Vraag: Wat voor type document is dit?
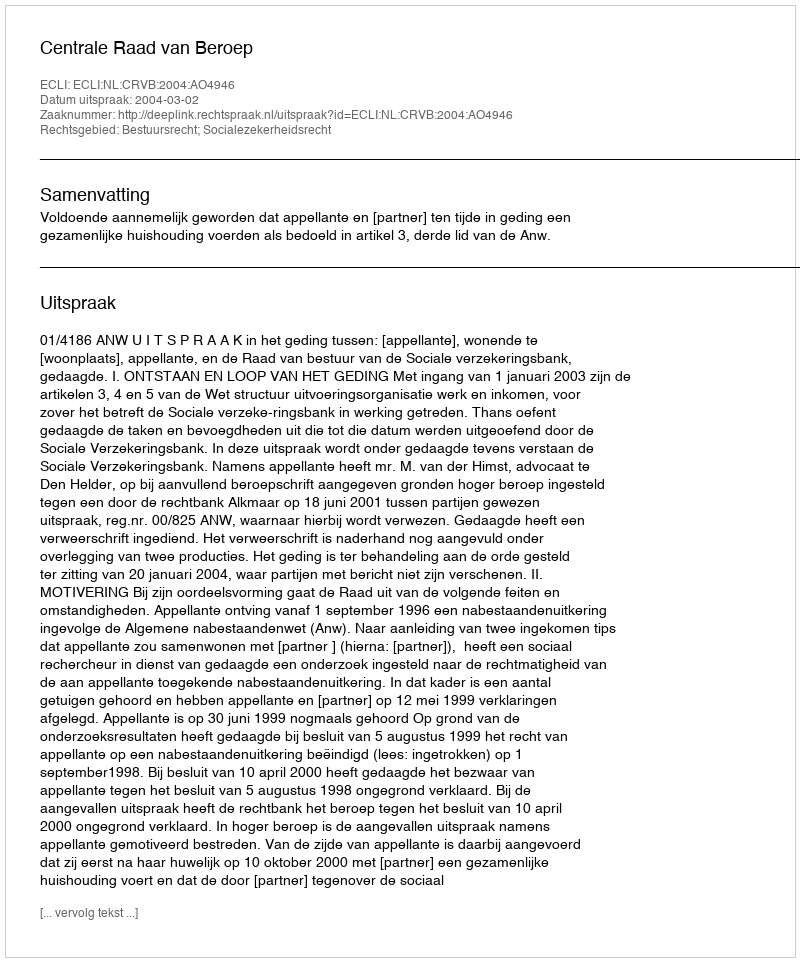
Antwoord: Uitspraak